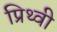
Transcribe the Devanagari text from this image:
प्रिथ्वी